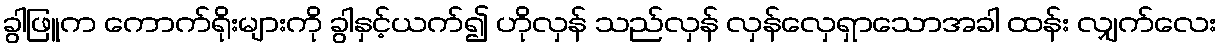
ခွါဖြူက ကောက်ရိုးများကို ခွါနှင့်ယက်၍ ဟိုလှန် သည်လှန် လှန်လှေရှာသောအခါ ထန်း လျှက်လေး